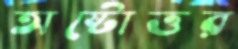
অষ্টোত্তর